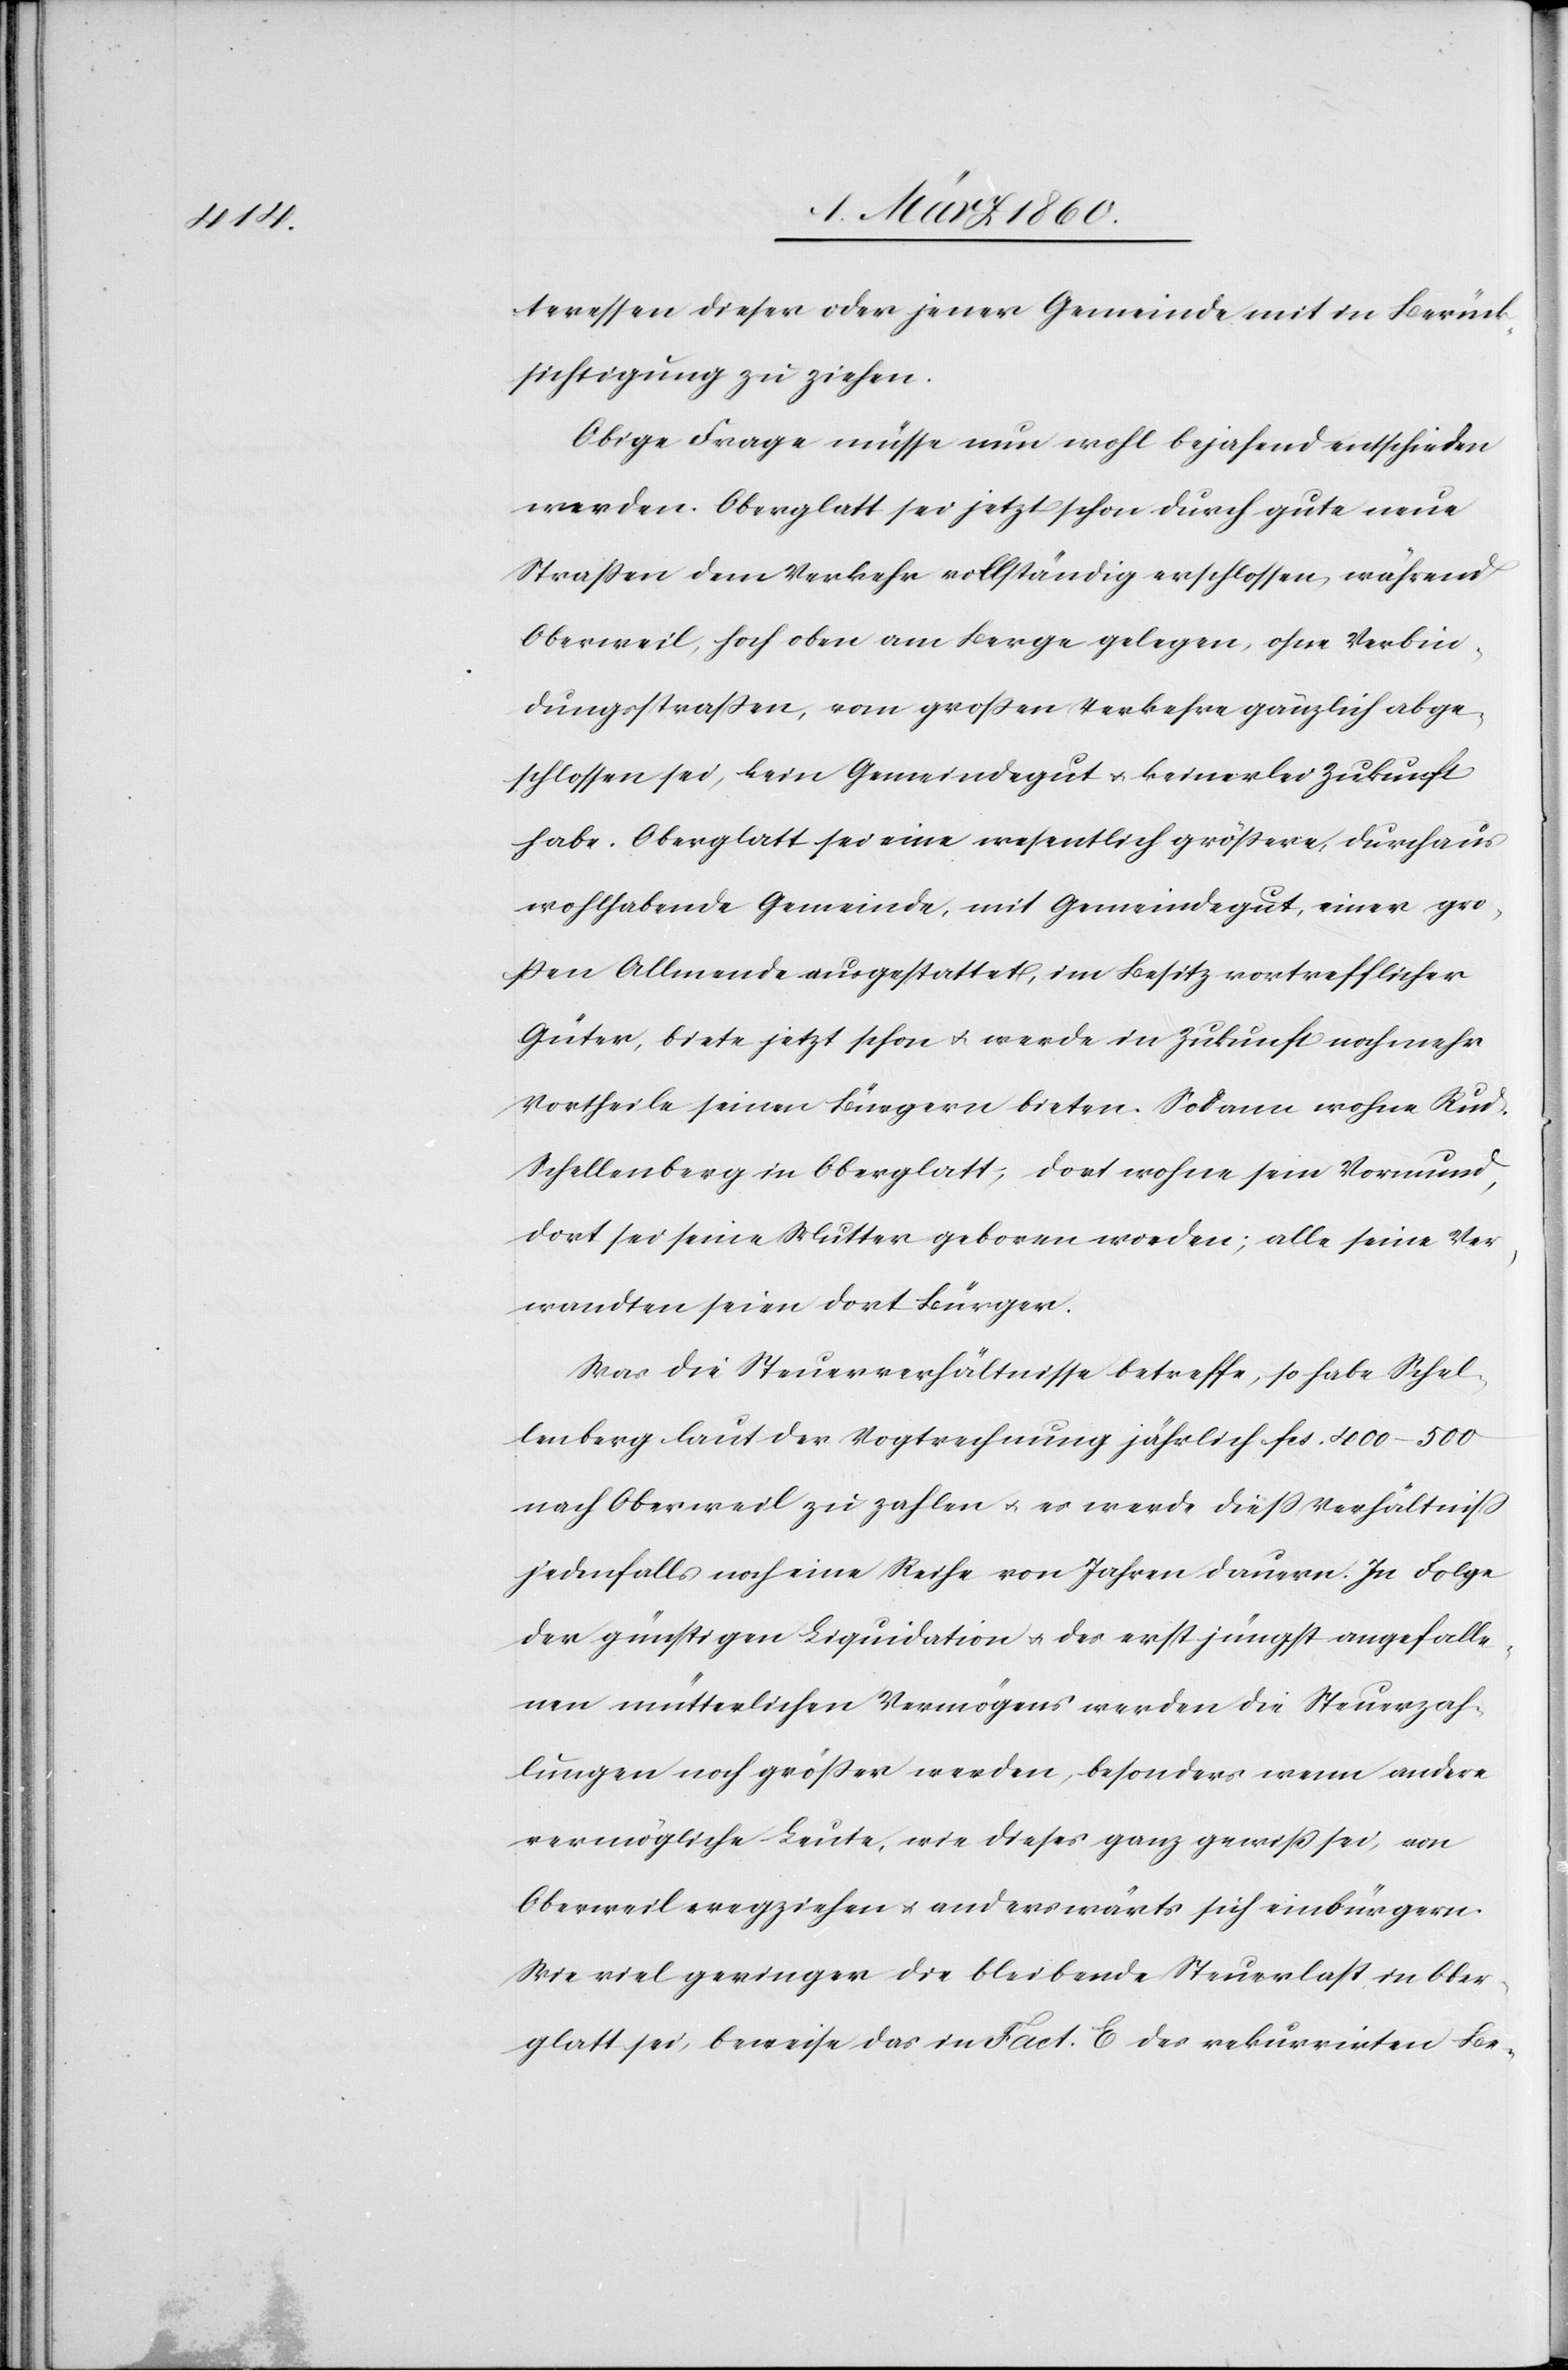
teressen dieser oder jener Gemeinde mit in Berück¬
sichtigung zu ziehen.
Obige Frage müsse nun wohl bejahend entschieden
werden. Oberglatt sei jetzt schon durch gute neue
Strassen dem Verkehr vollständig erschlossen, während
Oberweil, hoch oben am Berge gelegen, ohne Verbin¬
dungsstrassen, vom grossen Verkehre gänzlich abge¬
schlossen sei, beim Gemeindegut u. keinerlei Zukunft
habe. Oberglatt sei eine wesentlich grössere, durchaus
wohlhabende Gemeinde, mit Gemeindsgut, einer gro¬
ssen Allmende ausgestattet, im Besitz vortrefflicher
Güter, biete jetzt schon u. werde in Zukunft noch mehr
Vortheile seinen Bürgern bieten. Sodann wohne Rud.
Schellenberg in Oberglatt, dort wohne sein Vormund,
dort sei seine Mutter geboren worden; alle seine Ver¬
wandten seien dort Bürger.
Was die Steuerverhältnisse betreffe, so habe Schel¬
lenberg laut der Vogtrechnung jährlich fcs. 400–500
nach Oberweil zu zahlen u. es werde diess Verhältniss
jedenfalls noch eine Reihe von Jahren dauern. In Folge
der günstigen Liquidation u. des erst jüngst angefalle¬
nen mütterlichen Vermögens werden die Steuerzah¬
lungen noch grösser werden, besonders wenn andere
vermögliche Leute, wie dieses ganz gewiss sei, von
Oberweil wegziehen u. anderswärts sich einbürgern.
Wie viel geringer die bleibende Steuerlast in Ober¬
glatt sei, beweise das in Fact. E. des rekurrirten Be-